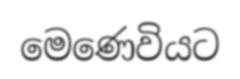
මෙණෙවියට